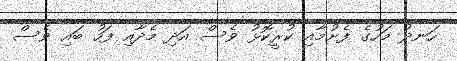
ހަނދު މަހުގެ ފެށުމާއި ކުރީކޮޅު ވެސް އަދި މެދާއި ފަހު ބައި ވެސް